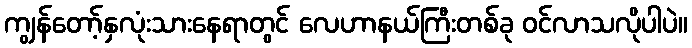
ကျွန်တော့်နှလုံးသားနေရာတွင် လေဟာနယ်ကြီးတစ်ခု ဝင်လာသလိုပါပဲ။